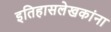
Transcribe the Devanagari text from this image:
इतिहासलेखकांना